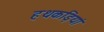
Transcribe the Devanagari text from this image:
हथकड़ियां